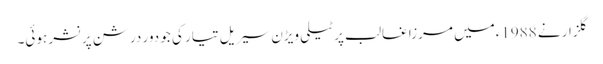
گلزار نے 1988ءمیں مرزا غالب پر ٹیلی ویڑن سیریل تیار کی جو دور درشن پرنشر ہوئی۔